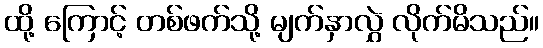
ထို့ ကြောင့် တစ်ဖက်သို့ မျက်နှာလွှဲ လိုက်မိသည်။